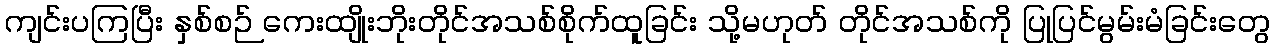
ကျင်းပကြပြီး နှစ်စဉ် ကေးထျိုးဘိုးတိုင်အသစ်စိုက်ထူခြင်း သို့မဟုတ် တိုင်အသစ်ကို ပြုပြင်မွမ်းမံခြင်းတွေ